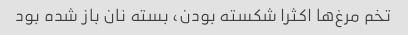
تخم مرغ‌ها اکثرا شکسته بودن، بسته نان باز شده بود